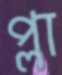
প্লা